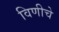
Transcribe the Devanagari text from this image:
विणीचे